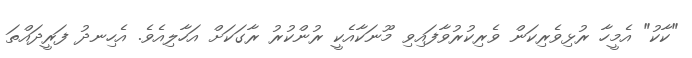
"ކާކު" އެމީހާ ރުޅިވެރިކަން ވެރިކުރުވާފައިވި މޫނަކާއެކީ ރުންކުރު ރާގަކަށް އަހާލިއެވެ. އެހިނދު ފަރީދައްތަ